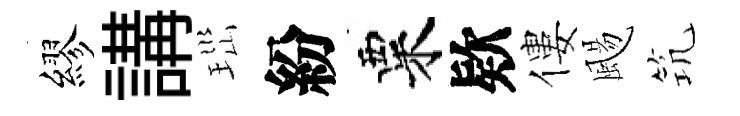
繆講𤤼紛粟欵僂颺𥬑